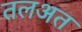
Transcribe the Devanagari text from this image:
तलअत